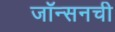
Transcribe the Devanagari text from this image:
जॉन्सनची